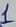
Text: 1